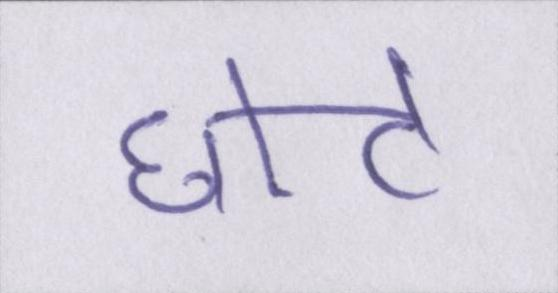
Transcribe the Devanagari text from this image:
छोटे